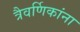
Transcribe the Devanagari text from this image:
त्रैवर्णिकांना